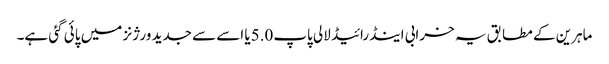
ماہرین کے مطابق یہ خرابی اینڈرائیڈ لالی پاپ5.0یا اسے سے جدید ورژنز میں پائی گئی ہے۔